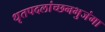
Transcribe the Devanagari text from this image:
धृतपदलांच्छनभुजंगा